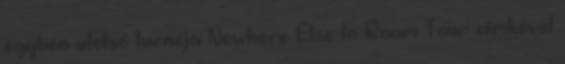
egyben utolsó turnéja Nowhere Else to Roam Tour címkével